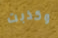
وكذبت